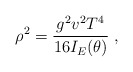
\begin{align*}\rho^2 = \frac{g^2 v^2T^4}{16 I_E(\theta)}\;,\end{align*}